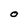
Character: O